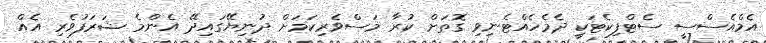
އެމްއެސްސީ ސެޓްފިކެޓަކީ ދެމެހެއްޓެނިވި ގޮތަށް ކުރާ މަސްވެރިކަމަށް ދުނިޔޭގައިދޭ އެންމެ ޝަރަފުވެރި އެއް